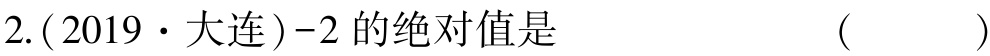
2.(2019·大连)-2 的绝对值是  ( )